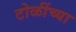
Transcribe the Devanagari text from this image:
टोळींच्या